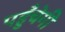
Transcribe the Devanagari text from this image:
पहुँचेगी